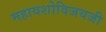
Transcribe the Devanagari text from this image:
महायशोविजयजी